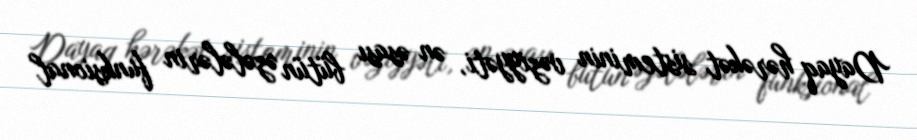
Dayaq hərəkət sisteminin vəziyyəti, ən əsası bütün əzələlərin funksional